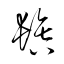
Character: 鬒